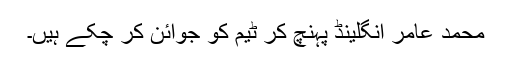
محمد عامر انگلینڈ پہنچ کر ٹیم کو جوائن کر چکے ہیں۔